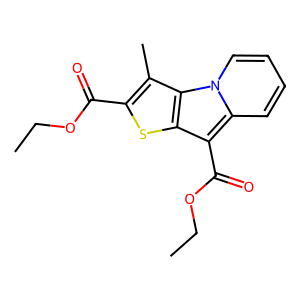
SMILES: CCOC(=O)c1sc2c(C(=O)OCC)c3ccccn3c2c1C
Inhibits HIV replication: No